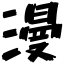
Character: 漫